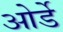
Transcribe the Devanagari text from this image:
ओर्डे